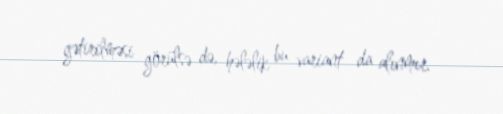
gətirilməsi görülsə də, hələlik bu variant da alınmır.